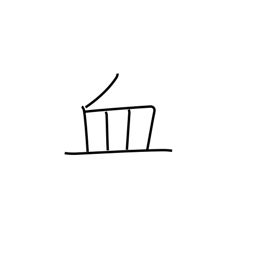
Meaning: blood